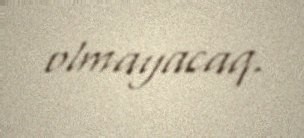
olmayacaq.